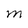
Character: M